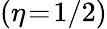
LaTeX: (\eta\! =\! 1/2)